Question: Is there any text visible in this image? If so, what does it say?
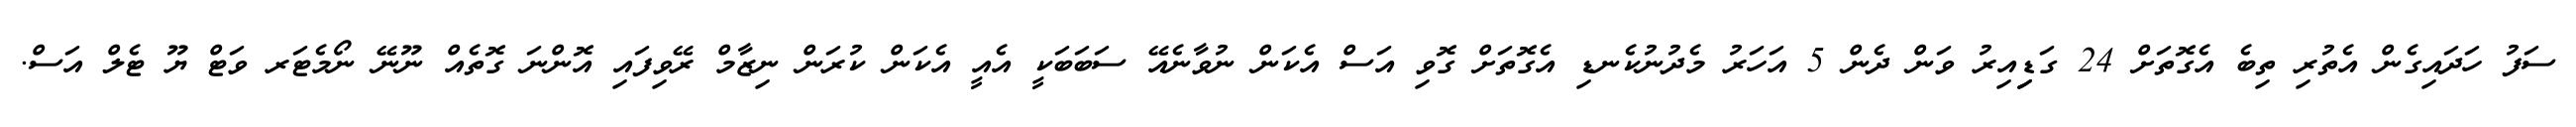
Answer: ސަފު ހަދައިގެން އެތުރި ތިބެ އެގޮތަށް 24 ގަޑިިއިރު ވަން ދެން 5 އަހަރު މެދުނުކެނޑި އެގޮތަށް ގޮވި އަސް އެކަން ނުވާނެއޭ ސަބަބަކީ އެއީ އެކަން ކުރަން ނިޒާމް ރޭވިފައި އޮންނަ ގޮތެއް ނޫނޭ ނޯމެޓަރ ވަޓް ޔޫ ޓެލް އަސް.